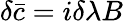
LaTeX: \delta{\bar{c}}=i\delta\lambda B